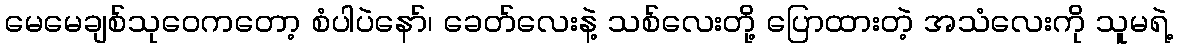
မေမေချစ်သုဝေကတော့ စံပါပဲနော်၊ ခေတ်လေးနဲ့ သစ်လေးတို့ ပြောထားတဲ့ အသံလေးကို သူမရဲ့